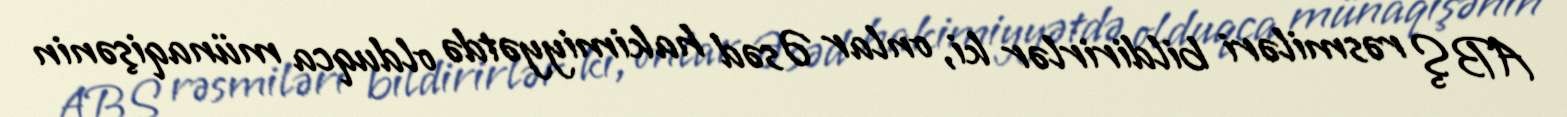
ABŞ rəsmiləri bildirirlər ki, onlar Əsəd hakimiyyətdə olduqca münaqişənin